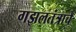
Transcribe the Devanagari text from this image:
गझलतंत्राचे